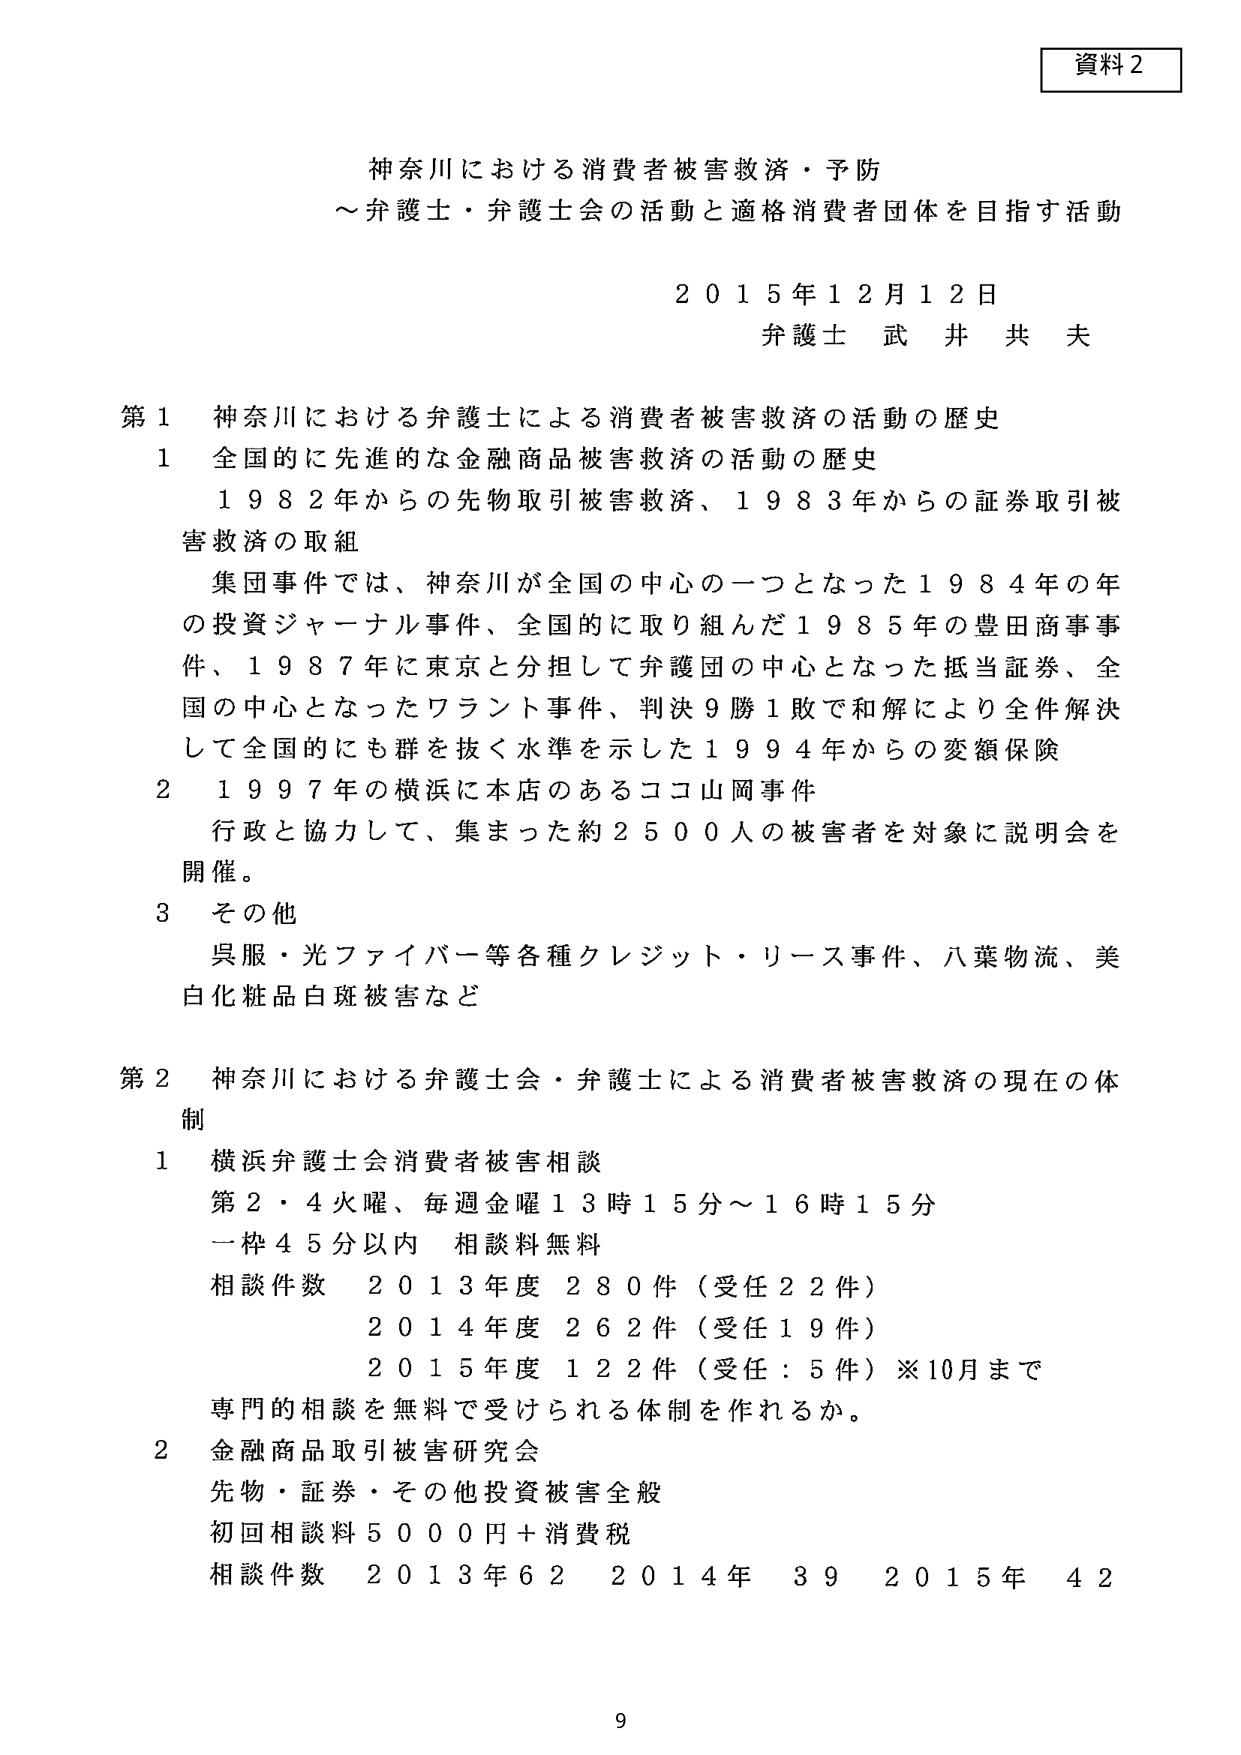
資料２

神奈川における消費者被害救済・予防
～弁護士・弁護士会の活動と適格消費者団体を目指す活動

２０１５年１２月１２日
弁護士 武井 共夫

第１ 神奈川における弁護士による消費者被害救済の活動の歴史

１ 全国的に先進的な金融商品被害救済の活動の歴史
　１９８２年からの先物取引被害救済、１９８３年からの証券取引被害救済の取組
　集団事件では、神奈川が全国の中心の一つとなった１９８４年の年の投資ジャーナル事件、全国的に取り組んだ１９８５年の豊田商事事件、１９８７年に東京と分担して弁護団の中心となった抵当証券、全国の中心となったワラント事件、判決９勝１敗で和解により全件解決して全国的にも群を抜く水準を示した１９９４年からの変額保険

２ １９９７年の横浜に本店のあるココ山岡事件
　行政と協力して、集まった約２５００人の被害者を対象に説明会を開催。

３ その他
　呉服・光ファイバー等各種クレジット・リース事件、八葉物流、美白化粧品白斑被害など

第２ 神奈川における弁護士会・弁護士による消費者被害救済の現在の体制

１ 横浜弁護士会消費者被害相談
　第２・４火曜、毎週金曜１３時１５分～１６時１５分
　一枠４５分以内　相談料無料
　相談件数　２０１３年度　２８０件（受任２２件）
　　　　　　２０１４年度　２６２件（受任１９件）
　　　　　　２０１５年度　１２２件（受任：５件）※10月まで
　専門的相談を無料で受けられる体制を作れるか。

２ 金融商品取引被害研究会
　先物・証券・その他投資被害全般
　初回相談料５０００円＋消費税
　相談件数　２０１３年６２　２０１４年　３９　２０１５年　４２

９